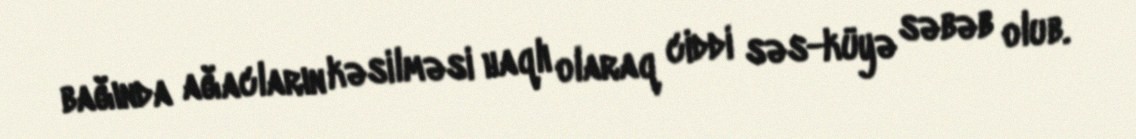
bağında ağacların kəsilməsi haqlı olaraq ciddi səs-küyə səbəb olub.